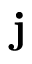
{ \bf j }